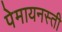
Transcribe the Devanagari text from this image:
पेमायनस्‍ती